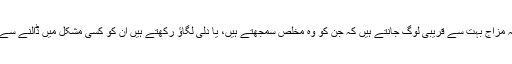
جنرل صاحب کایہ مزاج بہت سے قریبی لوگ جانتے ہیں کہ جن کو وہ مخلص سمجھتے ہیں، یا دلی لگاؤ رکھتے ہیں ان کو کسی مشکل میں ڈالنے سے گریز کرتے ہیں۔